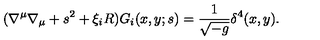
( \nabla ^ { \mu } \nabla _ { \mu } + s ^ { 2 } + \xi _ { i } R ) G _ { i } ( x , y ; s ) = \frac { 1 } { \sqrt { - g } } \delta ^ { 4 } ( x , y ) .